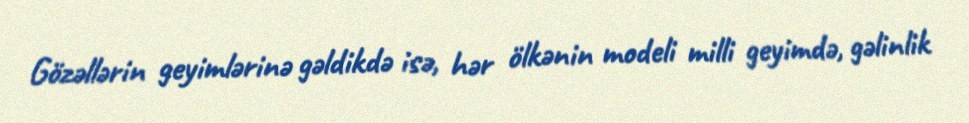
Gözəllərin geyimlərinə gəldikdə isə, hər ölkənin modeli milli geyimdə, gəlinlik